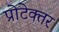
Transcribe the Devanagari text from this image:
प्रोटेक्तर